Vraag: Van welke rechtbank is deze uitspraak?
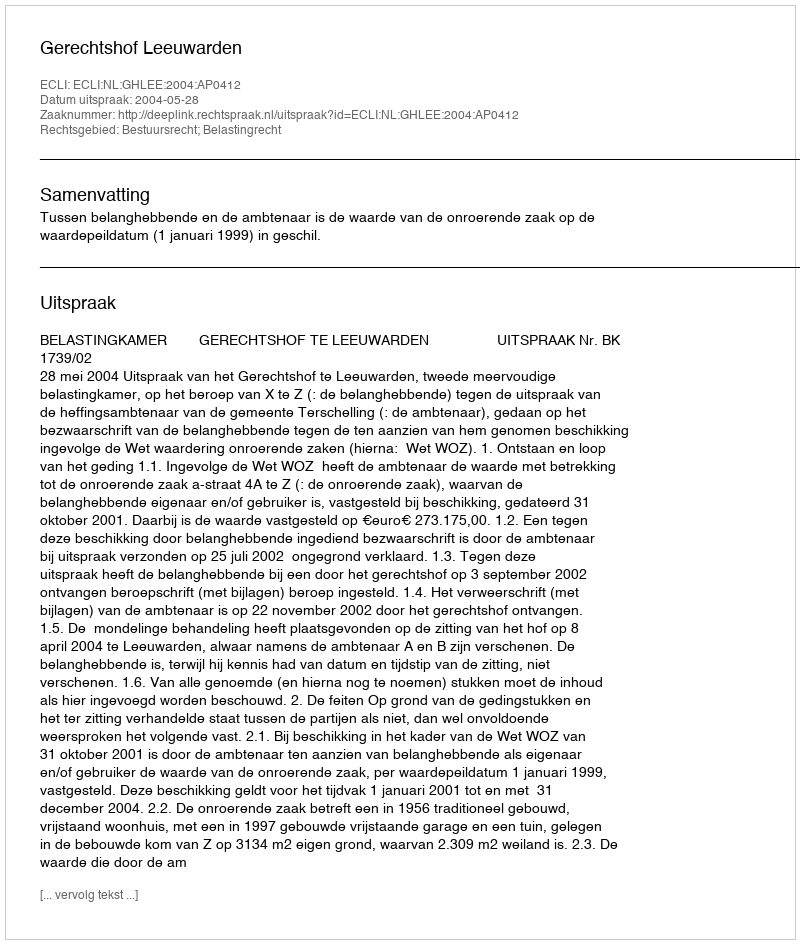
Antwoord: Gerechtshof Leeuwarden